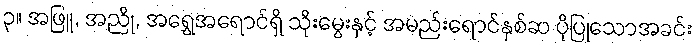
၃။ အဖြူ, အညို, အရွှေအရောင်ရှိ သိုးမွေးနှင့် အမည်းရောင်နှစ်ဆ ပိုပြုသောအခင်း